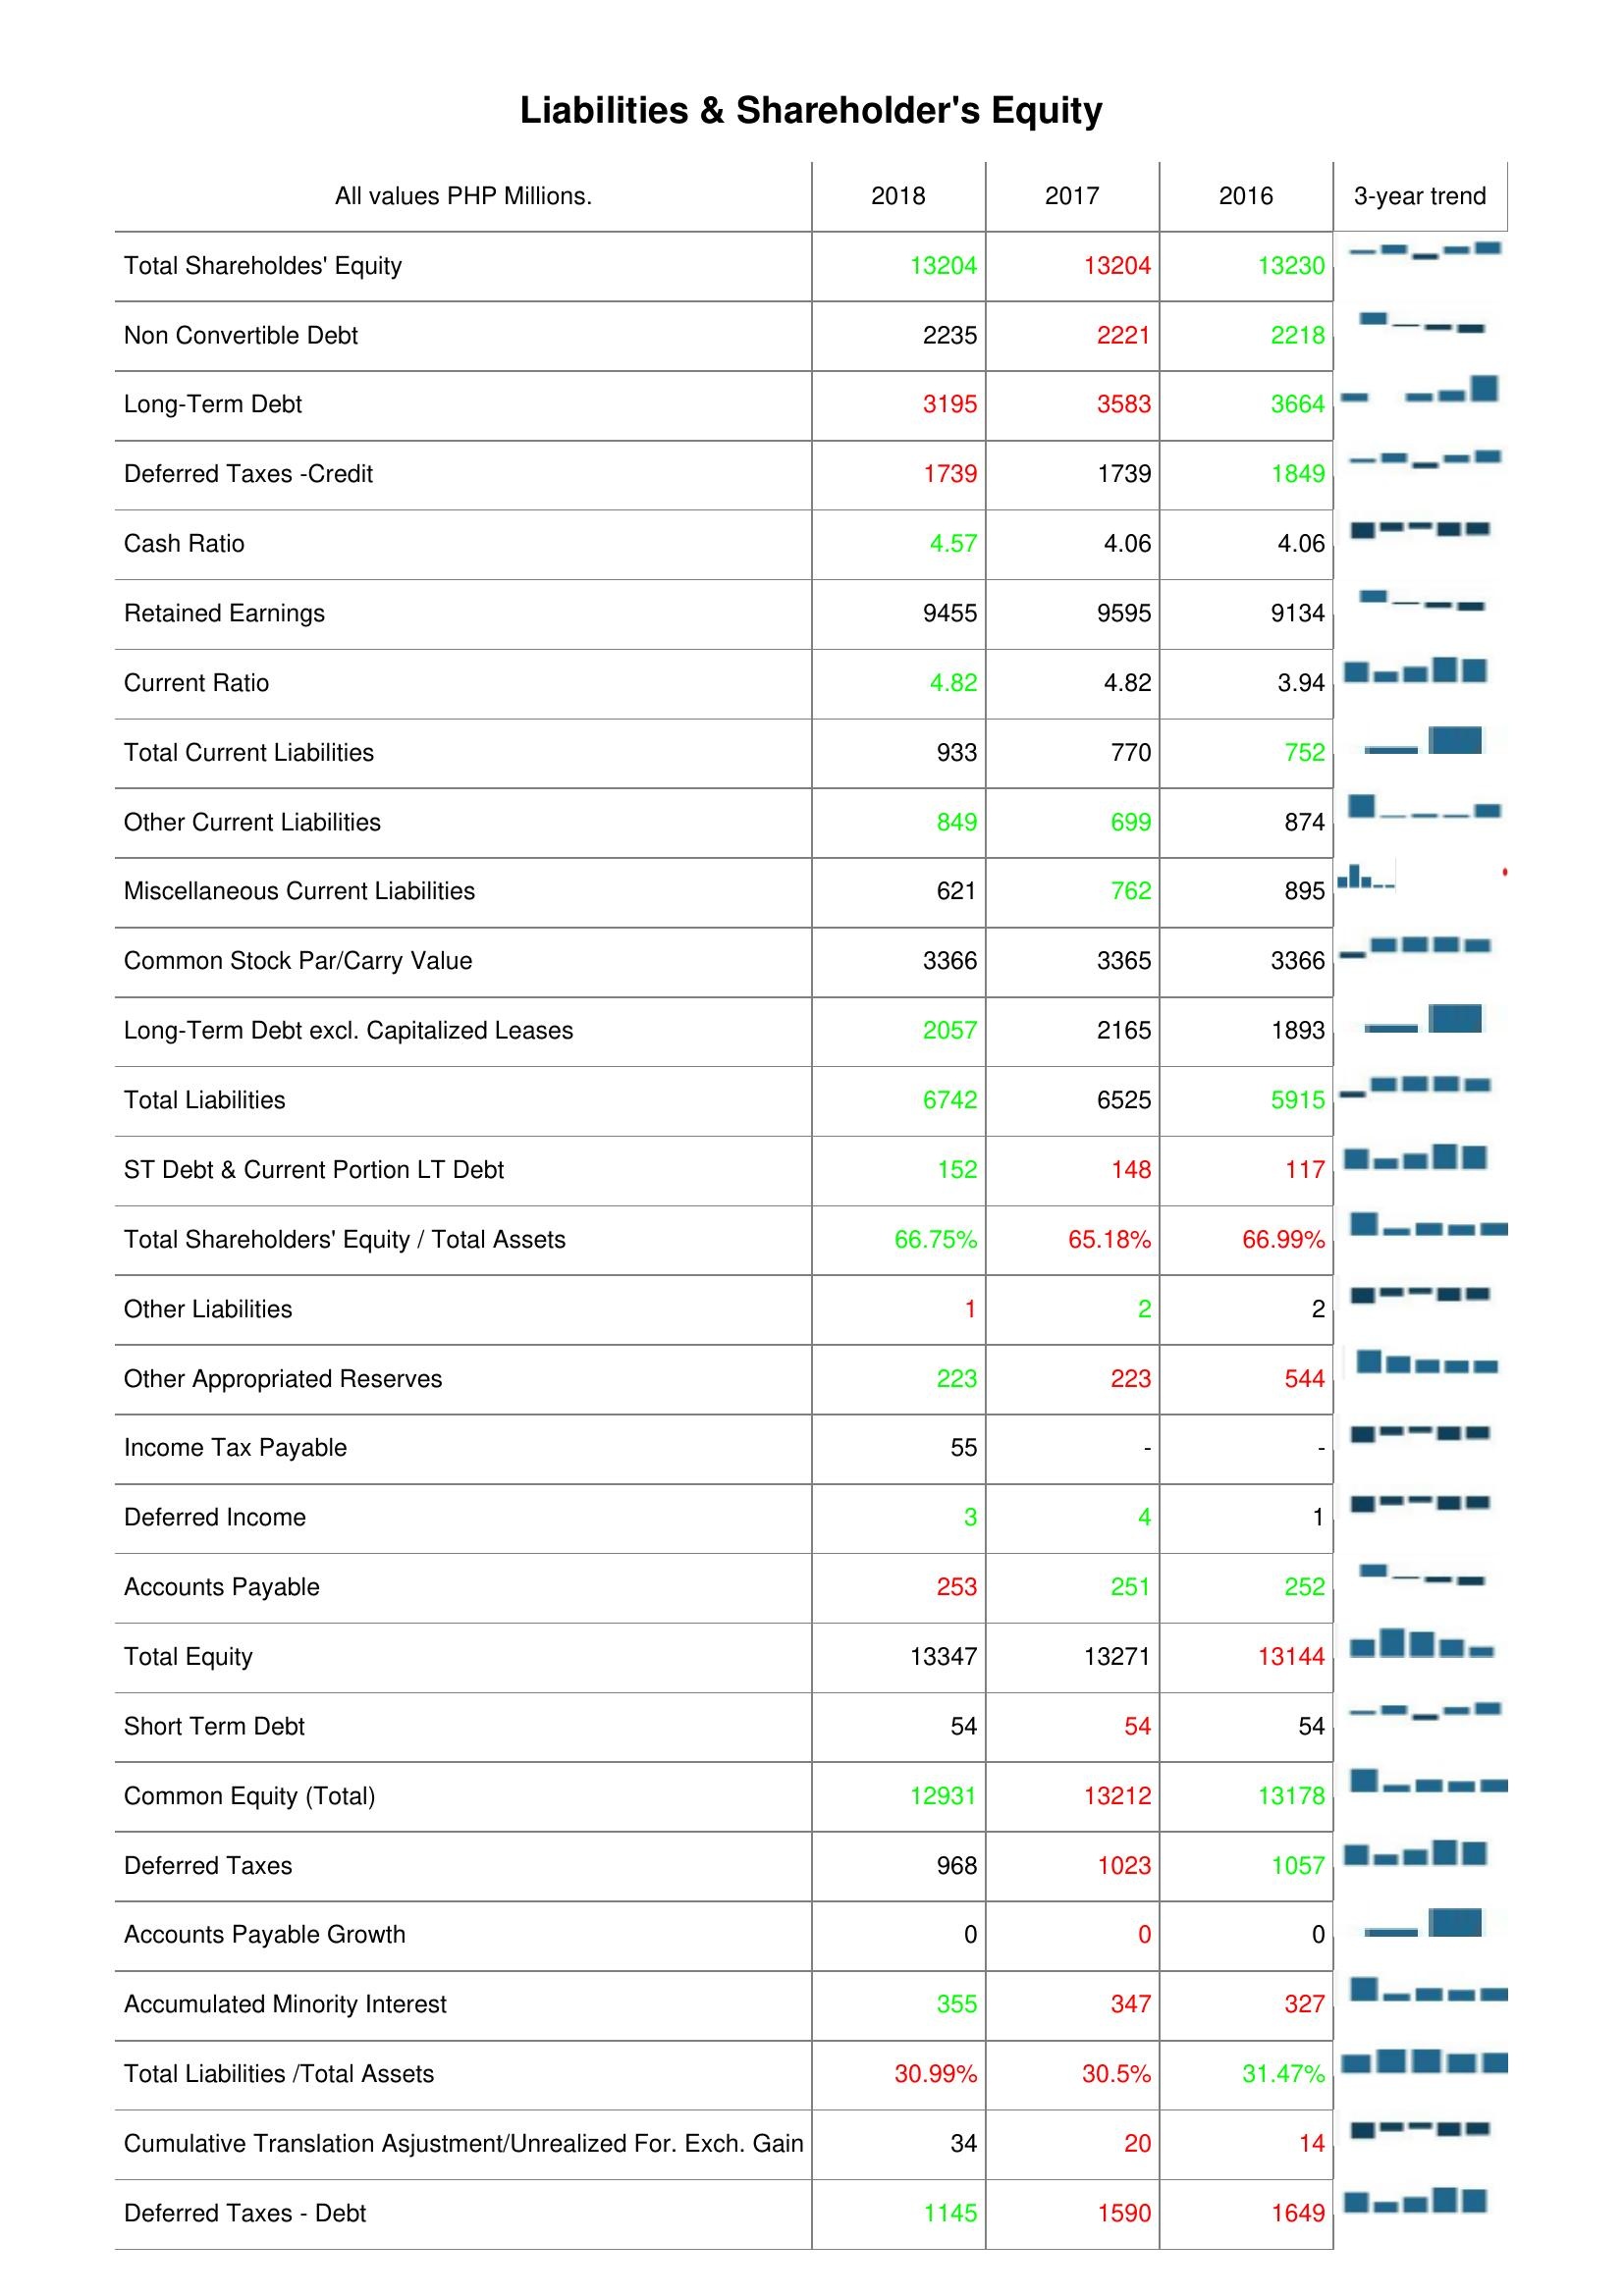
2018: Liabilities & Shareholder's Equity: Total Shareholdes' Equity: 13204
Non Convertible Debt: 2235
Long-Term Debt: 3195
Deferred Taxes -Credit: 1739
Cash Ratio: 4.57
Retained Earnings: 9455
Current Ratio: 4.82
Total Current Liabilities: 933
Other Current Liabilities: 849
Miscellaneous Current Liabilities: 621
Common Stock Par/Carry Value: 3366
Long-Term Debt excl. Capitalized Leases: 2057
Total Liabilities: 6742
ST Debt & Current Portion LT Debt: 152
Total Shareholders' Equity / Total Assets: 66.75%
Other Liabilities: 1
Other Appropriated Reserves: 223
Income Tax Payable: 55
Deferred Income: 3
Accounts Payable: 253
Total Equity: 13347
Short Term Debt: 54
Common Equity (Total): 12931
Deferred Taxes: 968
Accounts Payable Growth: 0
Accumulated Minority Interest: 355
Total Liabilities /Total Assets: 30.99%
Cumulative Translation Asjustment/Unrealized For. Exch. Gain: 34
Deferred Taxes - Debt: 1145
2017: Liabilities & Shareholder's Equity: Total Shareholdes' Equity: 13204
Non Convertible Debt: 2221
Long-Term Debt: 3583
Deferred Taxes -Credit: 1739
Cash Ratio: 4.06
Retained Earnings: 9595
Current Ratio: 4.82
Total Current Liabilities: 770
Other Current Liabilities: 699
Miscellaneous Current Liabilities: 762
Common Stock Par/Carry Value: 3365
Long-Term Debt excl. Capitalized Leases: 2165
Total Liabilities: 6525
ST Debt & Current Portion LT Debt: 148
Total Shareholders' Equity / Total Assets: 65.18%
Other Liabilities: 2
Other Appropriated Reserves: 223
Income Tax Payable: -
Deferred Income: 4
Accounts Payable: 251
Total Equity: 13271
Short Term Debt: 54
Common Equity (Total): 13212
Deferred Taxes: 1023
Accounts Payable Growth: 0
Accumulated Minority Interest: 347
Total Liabilities /Total Assets: 30.5%
Cumulative Translation Asjustment/Unrealized For. Exch. Gain: 20
Deferred Taxes - Debt: 1590
2016: Liabilities & Shareholder's Equity: Total Shareholdes' Equity: 13230
Non Convertible Debt: 2218
Long-Term Debt: 3664
Deferred Taxes -Credit: 1849
Cash Ratio: 4.06
Retained Earnings: 9134
Current Ratio: 3.94
Total Current Liabilities: 752
Other Current Liabilities: 874
Miscellaneous Current Liabilities: 895
Common Stock Par/Carry Value: 3366
Long-Term Debt excl. Capitalized Leases: 1893
Total Liabilities: 5915
ST Debt & Current Portion LT Debt: 117
Total Shareholders' Equity / Total Assets: 66.99%
Other Liabilities: 2
Other Appropriated Reserves: 544
Income Tax Payable: -
Deferred Income: 1
Accounts Payable: 252
Total Equity: 13144
Short Term Debt: 54
Common Equity (Total): 13178
Deferred Taxes: 1057
Accounts Payable Growth: 0
Accumulated Minority Interest: 327
Total Liabilities /Total Assets: 31.47%
Cumulative Translation Asjustment/Unrealized For. Exch. Gain: 14
Deferred Taxes - Debt: 1649